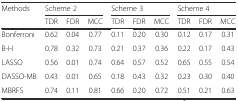
| Methods | <COLSPAN=3> Scheme 2 | <COLSPAN=3> Scheme 3 | <COLSPAN=3> Scheme 4 |
 |  | TDR | FDR | MCC | TDR | FDR | MCC | TDR | FDR | MCC |
 | --- | --- | --- | --- | --- | --- | --- | --- | --- | --- |
 | Bonferroni | 0.62 | 0.04 | 0.77 | 0.11 | 0.20 | 0.30 | 0.12 | 0.17 | 0.31 |
 | B-H | 0.78 | 0.32 | 0.73 | 0.21 | 0.37 | 0.36 | 0.22 | 0.17 | 0.43 |
 | LASSO | 0.56 | 0.01 | 0.74 | 0.64 | 0.57 | 0.52 | 0.65 | 0.55 | 0.54 |
 | DASSO-MB | 0.43 | 0.01 | 0.65 | 0.18 | 0.43 | 0.32 | 0.23 | 0.30 | 0.40 |
 | MBRFS | 0.74 | 0.11 | 0.81 | 0.66 | 0.20 | 0.72 | 0.51 | 0.21 | 0.63 |